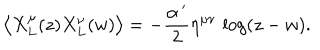
\left\langle X _ { L } ^ { \mu } ( z ) X _ { L } ^ { \nu } ( w ) \right\rangle = - \frac { \alpha ^ { \, \prime } } { 2 } \eta ^ { \mu \nu } \, \log ( z - w ) .